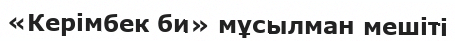
«Керімбек би» мұсылман мешіті